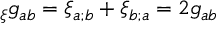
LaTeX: \L _ { \xi } g _ { a b } = \xi _ { a ; b } + \xi _ { b ; a } = 2 g _ { a b }